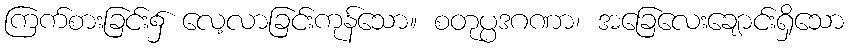
ကြက်စားခြင်း၌ လေ့လာခြင်းကုန်သော။ စတုပ္ပဒဂဏာ၊ အခြေလေးချောင်းရှိသော